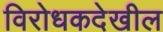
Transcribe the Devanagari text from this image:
विरोधकदेखील